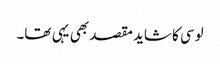
لوسی کا شاید مقصد بھی یہی تھا۔